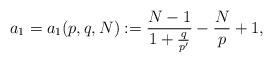
LaTeX: \begin{align*}a_1 = a_1 (p,q,N) := \frac{N-1}{1+ \frac{q}{p'} } - \frac{N}{p} +1 ,\end{align*}